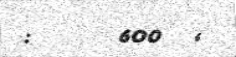
:      600